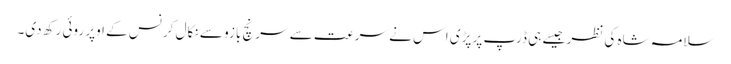
سلامہ شاہ کی نظر جیسے ہی ڈرپ پر پڑی اس نے سرعت سے سرنچ بازو سے نکال کر نس کے اوپر روئی رکھ دی۔